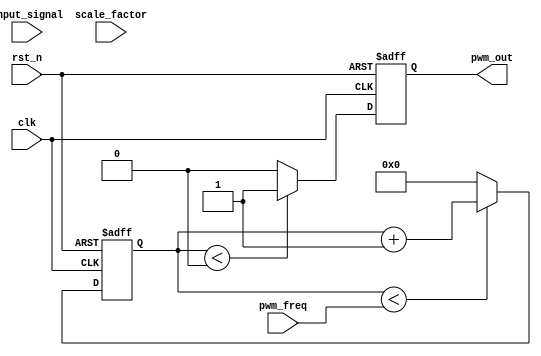
module LPWM (
    input wire clk,                // System clock
    input wire rst_n,              // Active low reset
    input wire [7:0] input_signal, // 8-bit input signal
    input wire [7:0] scale_factor, // 8-bit scaling factor
    input wire [7:0] pwm_freq,     // 8-bit PWM frequency control
    output reg pwm_out             // PWM output signal
);

    // Logarithmic Lookup Table (LUT) for 8-bit input
    reg [7:0] log_lut [0:255];
    initial begin
        // Initialize the logarithmic lookup table (example values)
        // This should be filled with actual logarithmic values
        // log_lut[0] = 0; // log(1) = 0
        // log_lut[1] = 0; // log(2) = 1
        // ...
        // log_lut[255] = 255; // log(256) = 8 (example)
    end

    // Duty cycle calculation
    reg [7:0] duty_cycle;
    always @(*) begin
        if (input_signal > 0) begin
            duty_cycle = (log_lut[input_signal] * scale_factor) >> 8; // Scale and normalize
        end else begin
            duty_cycle = 0; // Handle zero input
        end
    end

    // PWM signal generation
    reg [7:0] counter;
    always @(posedge clk or negedge rst_n) begin
        if (!rst_n) begin
            counter <= 8'b0;
            pwm_out <= 1'b0;
        end else begin
            if (counter < pwm_freq) begin
                counter <= counter + 1;
            end else begin
                counter <= 8'b0;
            end

            if (counter < duty_cycle) begin
                pwm_out <= 1'b1; // Set PWM high
            end else begin
                pwm_out <= 1'b0; // Set PWM low
            end
        end
    end

endmodule